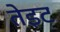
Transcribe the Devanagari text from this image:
तेइट